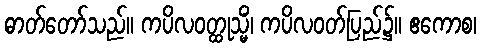
ဓာတ်တော်သည်။ ကပိလဝတ္ထုသ္မိံ၊ ကပိလဝတ်ပြည်၌။ ဧကောစ၊